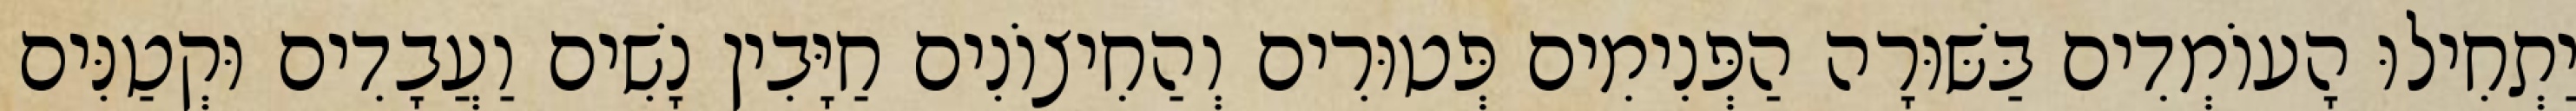
יַתְחִילוּ הָעוֹמְדִים בַּשּׁוּרָה הַפְּנִימִים פְּטוּרִים וְהַחִיצוֹנִים חַיָּבִין נָשִׁים וַעֲבָדִים וּקְטַנִּים